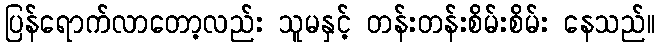
ပြန်ရောက်လာတော့လည်း သူမနှင့် တန်းတန်းစိမ်းစိမ်း နေသည်။